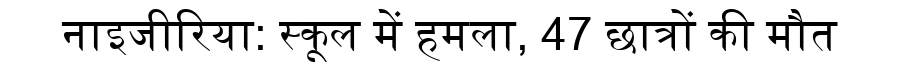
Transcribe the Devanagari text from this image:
नाइजीरिया: स्कूल में हमला, 47 छात्रों की मौत